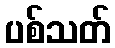
ပစ်သတ်